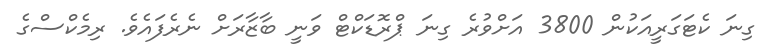
ގިނަ ކެޓަގަރީއަކުން 3800 އަށްވުރެ ގިނަ ޕްރޮޑަކްޓް ވަނީ ބާޒާރަށް ނެރެފައެވެ. ރިމެކްސްގެ